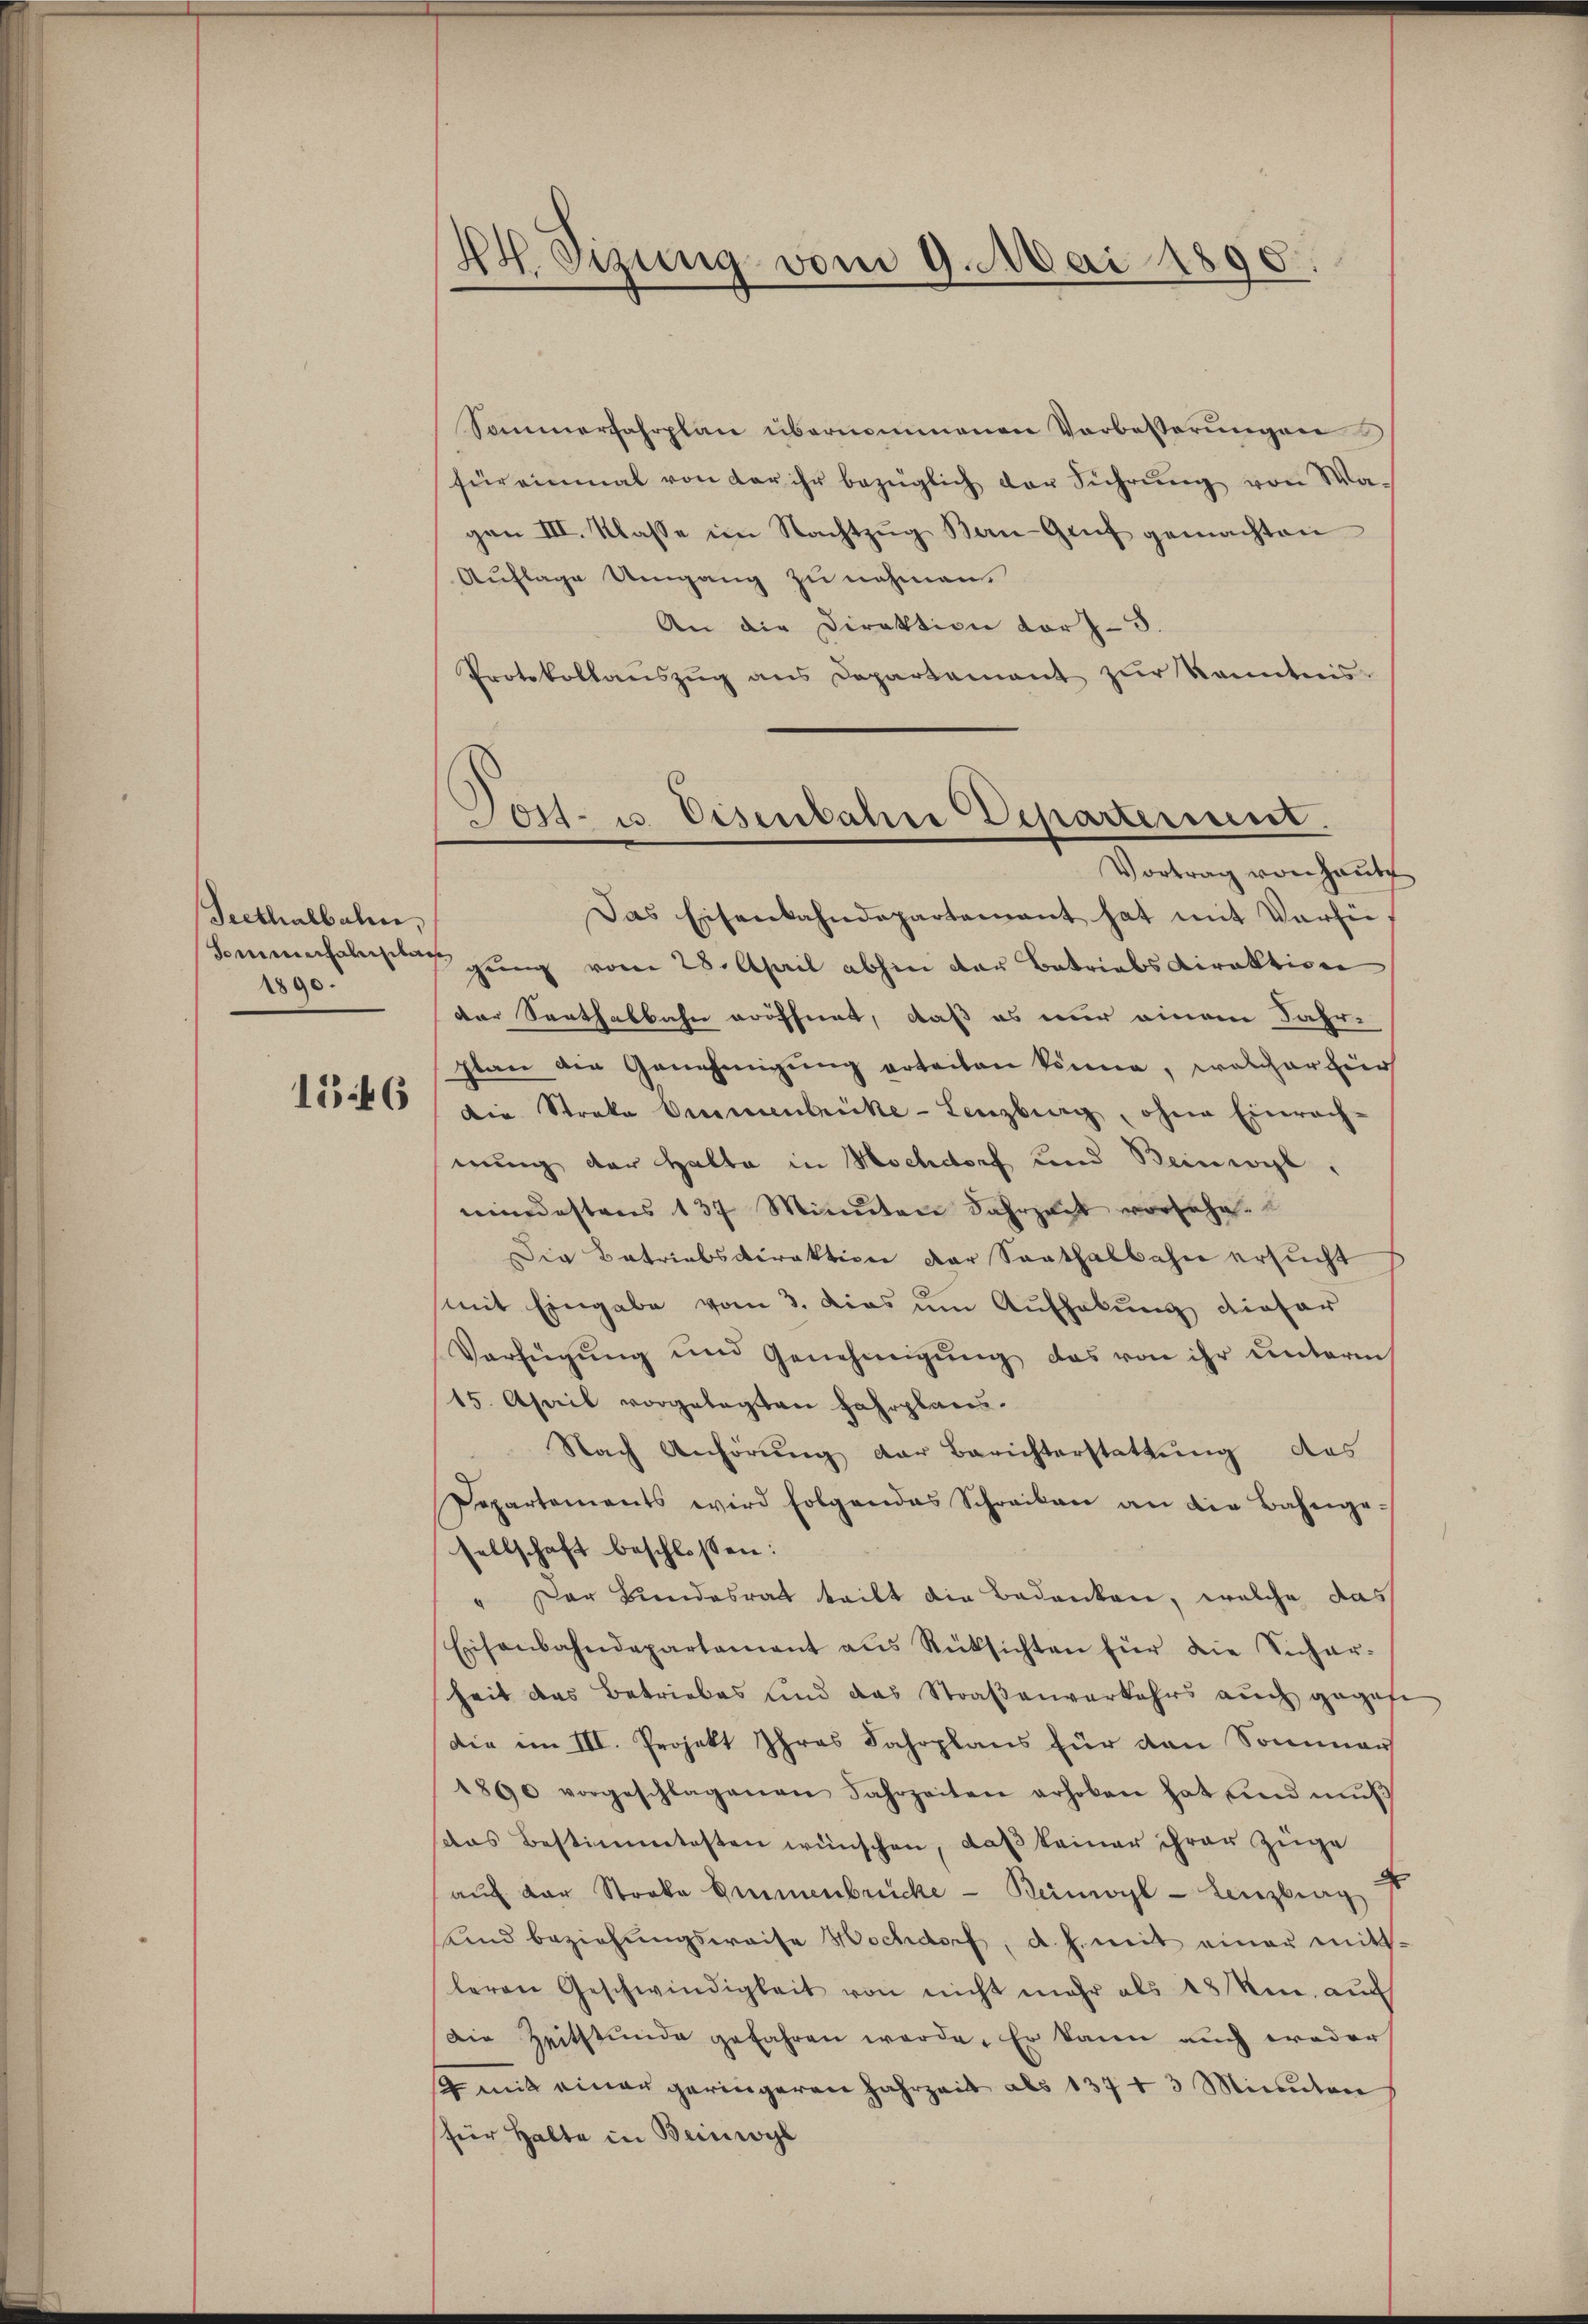
Seethalbahn,
sommenchalenbac
1890.

1546

44. Sizung vom 9. Mai 1890.

Post- u. Eisenbahn Departement
Vortrag von Hause

Sammerfahrplan übernommenen Vorbesserungen
für einmal von der ihr bezüglich der Führŭng von Wagen III. Klasse im Nachtzŭg Kan-Genf gemachten
Auflage Umgang zu nehmen.
An die Direktion vorz- 3.
Protokollanszŭg ans Departement zŭr kanntnis-
Das Eisenbahndepartement hat mit Verhie
gung vom 28. April abhin der Betriebsdirektion
der Senthalbahn eröffnet, daß es nur einem Jahr-
plan die Genehmigung erteiten könne, welcher für
die Streke Birmenbrücke - Lenzburg, ohne Einrech-
nung der Halte in Hochdorf und Beinwyl,
mindestens 137 Minuten Jahrzeit vorsehe.
Die Betriebsdirektion der Saathalbahn ersucht
mit Eingabe vom 3. das um Aufhebung dieser
Verfügŭng und Genehmigŭng das von ihr ŭnterm
15. April vorgelegten Fahrplans.
Nach Anhörŭng der Berichterstattŭng des
Departements wird folgendes Schreiben an die Bahnge-
sellschaft beschlossen:
" Der Bundesrat teilt die Bedanken, welche das
Eisenbahndepartament aus Rücksichten für die Sichar-
heit das Betriebes und das Straβenverkehrs auch gegebe
die im III. Projekt Ihres Fahrplans für den Sommer
1890 vorgeschlagenen Jahrzeiten erhoben hat sind mŭβ
das Bestimmtesten wünschen, daß keiner ihrer Züge
aŭf der Stroka Emmenbrücke - Beimoyl - Lenzburg st
Und beziehungsweise Hochdorf, d. h. mit einer mittleren Geschwindigkeit von nicht mehr als 48 ken auch
Die Zeitstunde gefahren werde. Er kann auch weder
 mit einer geringeren Jahrzeit als 137 + 3 Minuten
für Halte in Beinwyl